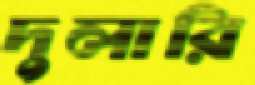
দুলারি